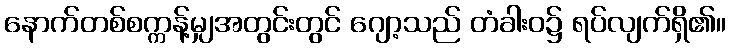
နောက်တစ်စက္ကန့်မျှအတွင်းတွင် ဂျော့သည် တံခါးဝ၌ ရပ်လျက်ရှိ၏။